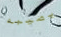
يصيبه